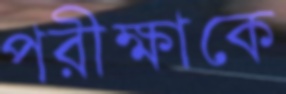
পরীক্ষাকে